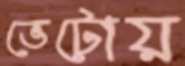
ভেটোয়